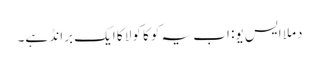
دملا ایس یو: اب یہ کوکا کولا کا ایک برانڈ ہے۔